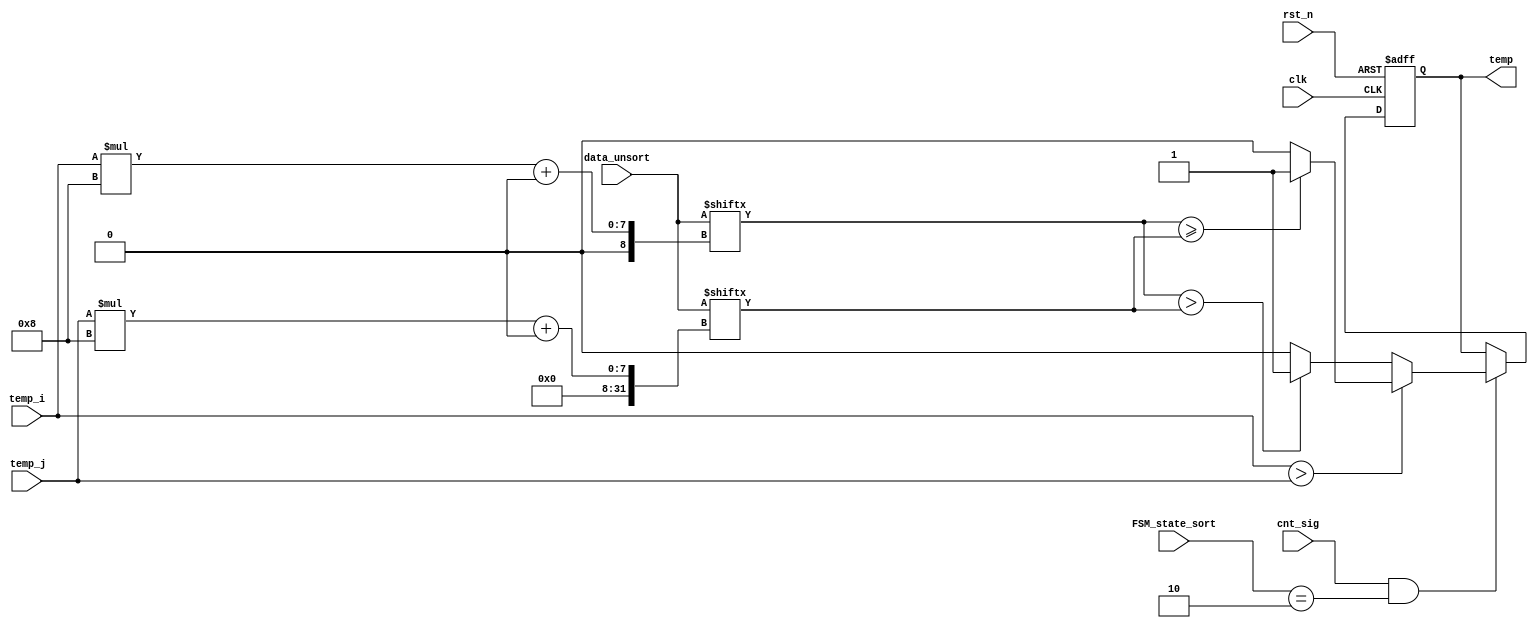

module comp#(
    parameter	DN = 8,	//
	parameter	DW = 8,	//
    parameter DN_WIDTH= $clog2(DN)
)(
    input clk,
    input rst_n,
    input [DN_WIDTH-1:0] temp_i, //
    input [DN_WIDTH-1:0] temp_j, //
    input [DW*DN-1:0] data_unsort, //?
    input [2:0] FSM_state_sort, //?
    input cnt_sig,
	//input cnt_sig_1pi,

    output reg temp
);

//integer m;
localparam	Sort	= 3'b010; //?

always @(posedge clk or negedge rst_n)
	begin
		if (rst_n == 1'b0)
			temp <= 0;
		else if ((cnt_sig == 1'b1 /*|| cnt_sig_1pi == 1'b1*/) && FSM_state_sort == Sort)
			begin
						if  (temp_i > temp_j)
							begin
								if (data_unsort[temp_i*DW+:DW] >= data_unsort[temp_j*DW+:DW])
									temp <= 1;
								else
									temp <= 0;
							end
						else
							begin
								if (data_unsort[temp_i*DW+:DW] > data_unsort[temp_j*DW+:DW])
									temp <= 1;
								else
									temp <= 0;
							end
			end
	end

endmodule